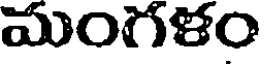
మంగళం